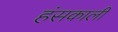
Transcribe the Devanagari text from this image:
हंसकाली